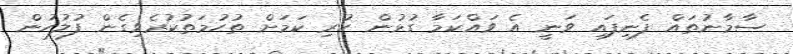
ސާމާނުތައް ފެނިފައި ވަނީ އެ ވައްކަމާ ގުޅުން ހުރި ކަމަށް ތުހުމަތުކުރެވިގެން ފުލުހުން